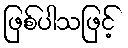
ဖြစ်ပါသဖြင့်